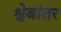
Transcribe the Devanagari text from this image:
श्वेबांतर